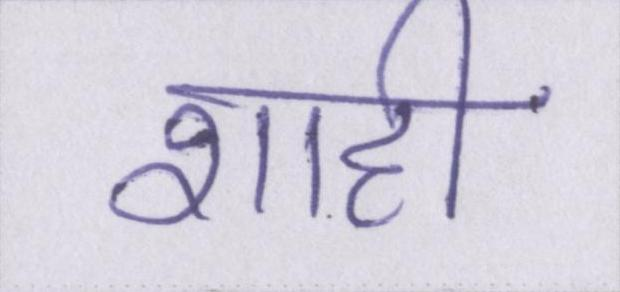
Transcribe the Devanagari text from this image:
शाही